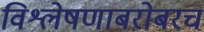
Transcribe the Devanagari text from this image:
विश्लेषणाबरोबरच